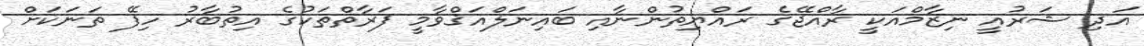
އަދި ޝަރުއީ ނިޒާމްއަކީ ރާއްޖޭގެ ރައްޔިތުންނާއި ބައިނަލްއަޤްވާމީ ފަރާތްތަކުގެ އިތުބާރު ހިފޭ ތަނަކަށް